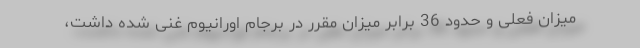
میزان فعلی و حدود 36 برابر میزان مقرر در برجام اورانیوم غنی شده داشت،